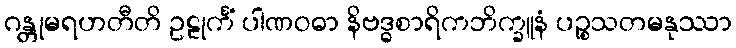
ဂန္တုမရဟတီတိ ဥဠုင်္ကံ ပါဏဝဓာ နိဗဒ္ဓစာရိကဘိက္ခူနံ ပဉ္စသတမနုဿာ